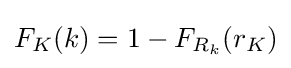
F_{K}(k)=1-F_{R_{k}}(r_{K})